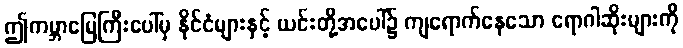
ဤကမ္ဘာမြေကြီးပေါ်မှ နိုင်ငံများနှင့် ယင်းတို့အပေါ်၌ ကျရောက်နေသော ရောဂါဆိုးများကို